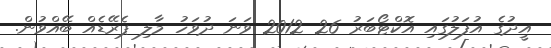
އީދުގެ އުފަލުގައި އޮކްޓޯބަރު 26 2012 ވަނަ ދުވަހު މާލި ޕެރޭޑެއް ބޭއްވުން.